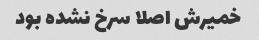
خمیرش اصلا سرخ نشده بود